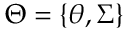
\Theta = \{ \theta , \Sigma \}